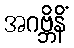
အဂဗ္ဘိနိံ